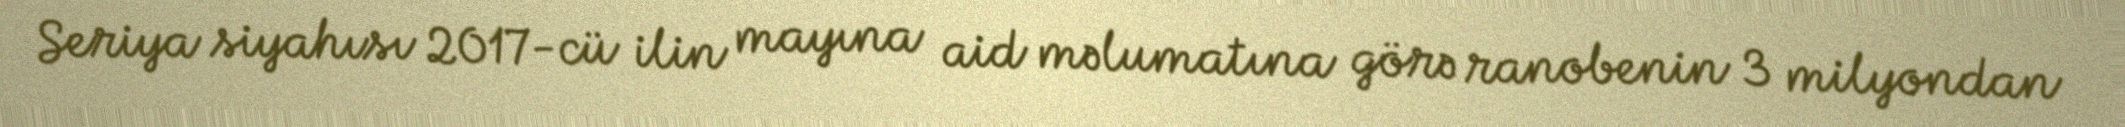
Seriya siyahısı 2017-cü ilin mayına aid məlumatına görə ranobenin 3 milyondan